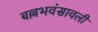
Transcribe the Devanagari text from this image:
बल्लभवंसावली